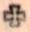
+